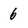
Character: 6